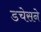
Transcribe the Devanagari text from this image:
डचेसने